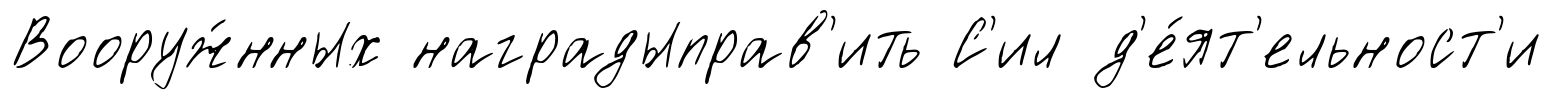
Вооруж́нных наградыправ'ить С'ил д'е́ят'ельност'и